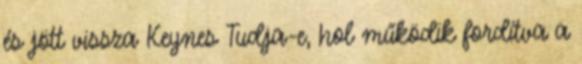
és jött vissza Keynes Tudja-e, hol működik fordítva a